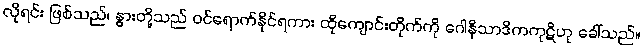
လိုရင်း ဖြစ်သည်၊ နွားတို့သည် ဝင်ရောက်နိုင်ရကား ထိုကျောင်းတိုက်ကို ဂေါနိသာဒိကကုဋိဟု ခေါ်သည်။